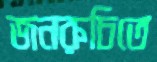
জনরুচিতে